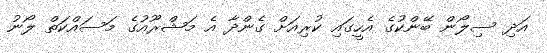
އަދި ސިލޯން ބޭންކުގެ އެހީގައި ކުރިއަށް ގެންދާ އެ މަޝްރޫއުގެ މަސައްކަތް ލޯނު